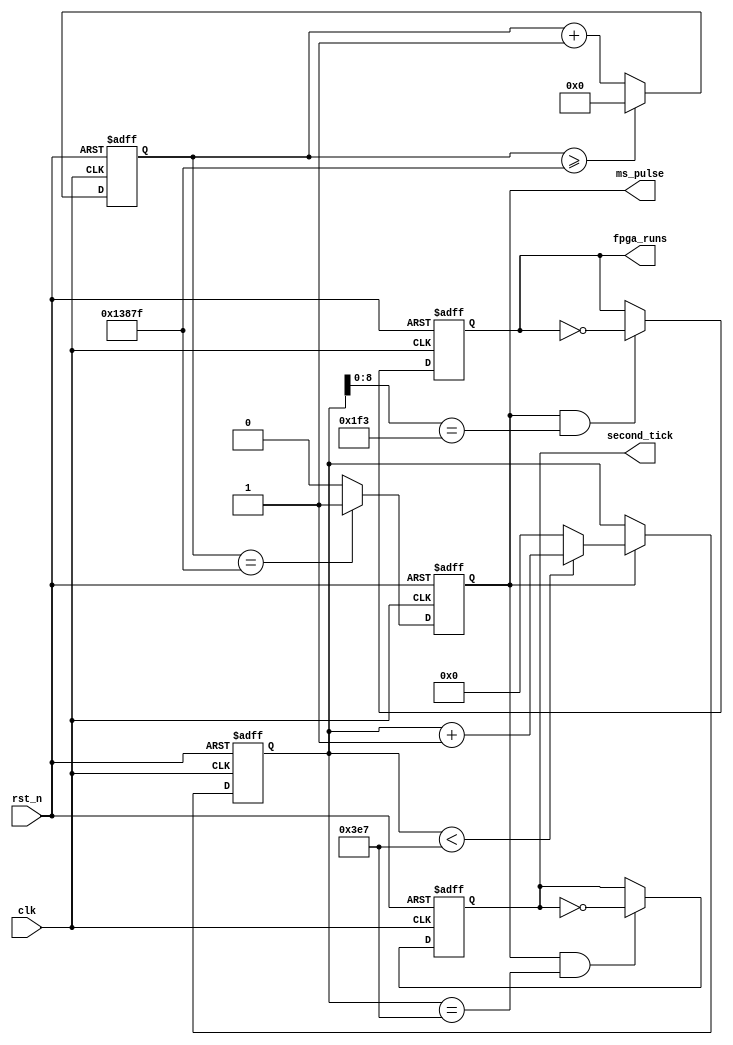
// *********************************************************************************/
// Project Name :
// Creat Time   : 2016/9/5 14:59:06
// Module Name  :
// Called By    :
// Abstract     :
//
// CopyRight(c) 2014,Author
// All Rights Reserved
//
// *********************************************************************************/
// Modification History:
// 1. initial
// *********************************************************************************/
// *************************
// MODULE DEFINITION
// *************************
`timescale 1 ns / 1 ns
module timer#(
parameter                           U_DLY = 1
)
(
input                               clk,
input                               rst_n,
output  reg                         ms_pulse,
output  reg                         second_tick,
output  reg                         fpga_runs
);
// Parameter Define
parameter                           MILLI_SECOND_TIMES = 17'd79999;

// Register Define
reg     [16:0]                      milli_cnt;
reg     [9:0]                       second_cnt;


// Wire Define

always @ (posedge clk or negedge rst_n)
begin
    if(rst_n == 1'b0)
        begin
            second_cnt <= 10'd0;
            milli_cnt <= 17'd0;
            second_tick <= 1'b0;
            ms_pulse <= 1'b0;
            fpga_runs <= 1'b0;
        end
    else
        begin
            if(milli_cnt >= MILLI_SECOND_TIMES)
                milli_cnt <= #U_DLY 26'd0;
            else
                milli_cnt <= #U_DLY milli_cnt + 26'd1;

            if(milli_cnt == MILLI_SECOND_TIMES)
                ms_pulse <= #U_DLY 1'b1;
            else
                ms_pulse <= #U_DLY 1'b0;

            if(ms_pulse == 1'b1)
                begin
                    if(second_cnt < 10'd999)
                        second_cnt <= #U_DLY second_cnt + 10'd1;
                    else
                        second_cnt <= #U_DLY 10'd0;
                end
            else;

            if(ms_pulse == 1'b1 && second_cnt == 10'd999)
                second_tick <= #U_DLY ~second_tick;
            else;

            if(ms_pulse == 1'b1 && second_cnt[8:0] == 9'd499)
                fpga_runs <= #U_DLY ~fpga_runs;
            else;
        end
end

endmodule